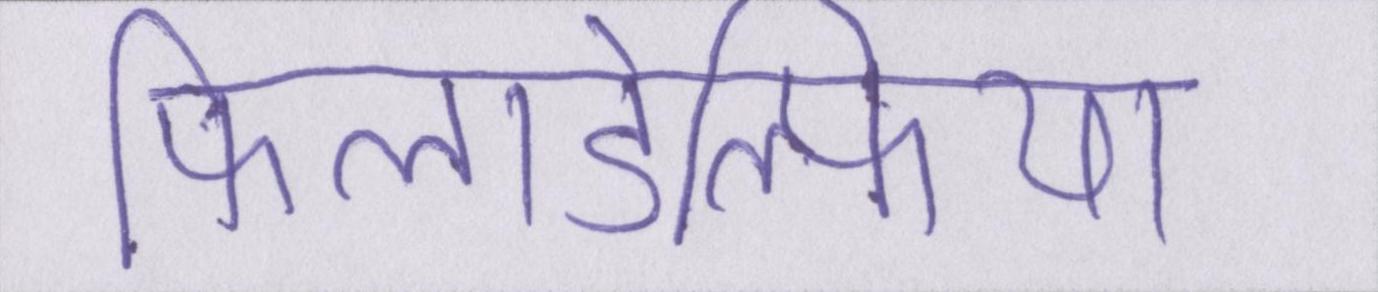
फिलाडेल्फिया